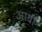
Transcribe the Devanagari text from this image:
अाधी